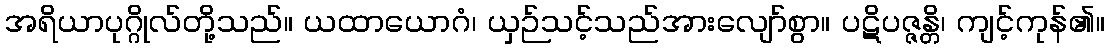
အရိယာပုဂ္ဂိုလ်တို့သည်။ ယထာယောဂံ၊ ယှဉ်သင့်သည်အားလျော်စွာ။ ပဋိပဇ္ဇန္တိ၊ ကျင့်ကုန်၏။